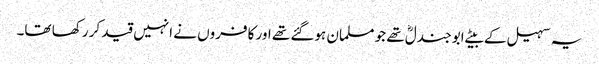
یہ سہیل کے بیٹے ابو جندلؓ تھے جو مسلمان ہوگئے تھے اور کافروں نے انہیں قید کر رکھا تھا۔